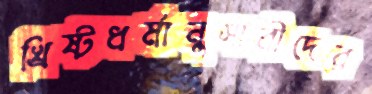
খ্রিষ্টধর্মানুসারীদের